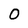
Character: 0